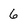
Character: 6